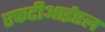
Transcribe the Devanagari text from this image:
एफटीआईएल